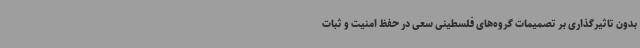
بدون تاثیرگذاری بر تصمیمات گروه‌های فلسطینی سعی در حفظ امنیت و ثبات